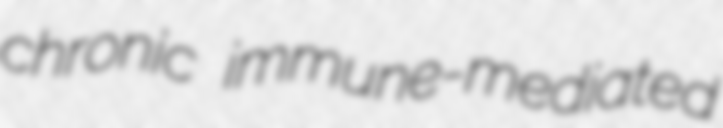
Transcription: chronic immune-mediated